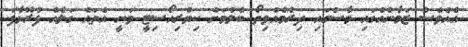
އެއްވެެސް ޒަމާނެއްގައި މާސްގައި ދިރުމެއްވިތޯ ބެލުމަށް ކިޔުރިއޯސިޓީ ވަނީ އެތައް ގަލެއް ފުރޮޅާފަ